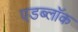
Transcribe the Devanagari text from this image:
एडब्लॉक